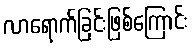
လာရောက်ခြင်းဖြစ်ကြောင်း